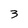
Character: 3